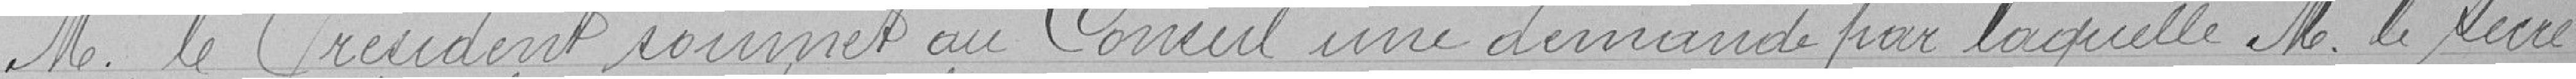
Monsieur le Président soumet au Conseil une demande par laquelle Monsieur le secré-